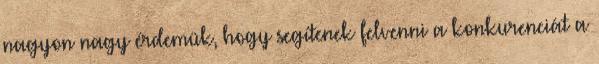
nagyon nagy érdemük, hogy segítenek felvenni a konkurenciát a